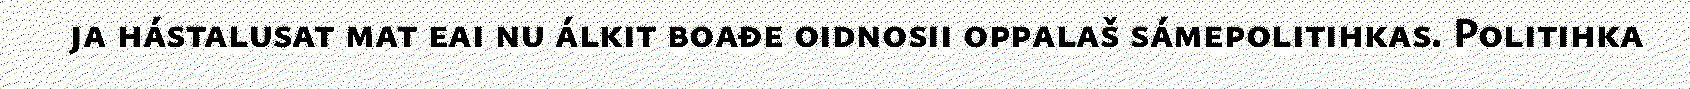
ja hástalusat mat eai nu álkit boađe oidnosii oppalaš sámepolitihkas. Politihka